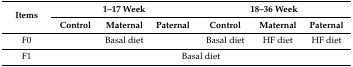
| <ROWSPAN=2> Items | <COLSPAN=3> 1–17 Week | <COLSPAN=3> 18–36 Week |
 | Control | Maternal | Paternal | Control | Maternal | Paternal |
 | --- | --- | --- | --- | --- | --- | --- |
 | F0 | <COLSPAN=3> Basal diet | Basal diet | HF diet | HF diet |
 | F1 | <COLSPAN=6> Basal diet |